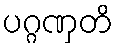
ပဂ္ဂဏှတိ